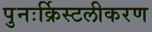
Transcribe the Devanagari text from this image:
पुनःर्क्रिस्टलीकरण